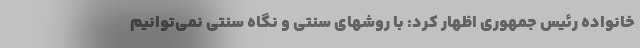
خانواده رئیس جمهوری اظهار کرد: با روشهای سنتی و نگاه سنتی نمی‌توانیم